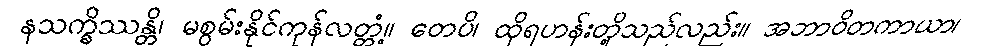
နသက္ခိဿန္တိ၊ မစွမ်းနိုင်ကုန်လတ္တံ့။ တေပိ၊ ထိုရဟန်းတို့သည်လည်း။ အဘာဝိတကာယာ၊